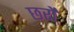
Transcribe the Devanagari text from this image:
छर्रो